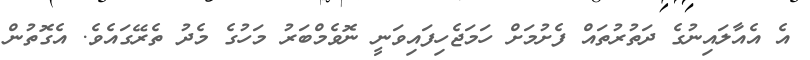
އެ އެއާލައިނުގެ ދަތުރުތައް ފެށުމަށް ހަމަޖެހިފައިވަނީ ނޮވެމްބަރު މަހުގެ މެދު ތެރޭގައެވެ. އެގޮތުން